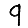
Digit: 9